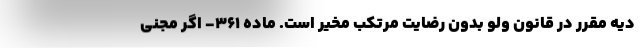
دیه مقرر در قانون ولو بدون رضایت مرتکب مخیر است. ماده ۳۶۱- اگر مجنی